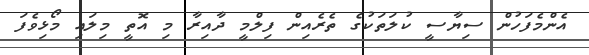
އެންމެފަހުން ސިޔާސީ ކުލަތަކުގެ ތެރެއިން ފިލްމީ ދާއިރާ މި އޮތީ މިލައި މޯޅިވެފަ